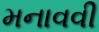
મનાવવી